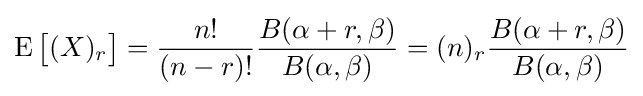
\operatorname {E} {\bigl [}(X)_{r}{\bigr ]}={\frac {n!}{(n-r)!}}{\frac {B(\alpha +r,\beta )}{B(\alpha ,\beta )}}=(n)_{r}{\frac {B(\alpha +r,\beta )}{B(\alpha ,\beta )}}